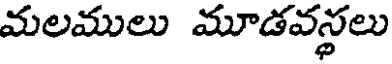
మలములు మూడవస్థలు